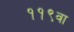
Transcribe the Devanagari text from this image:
११९वा